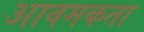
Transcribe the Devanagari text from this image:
आवमकता